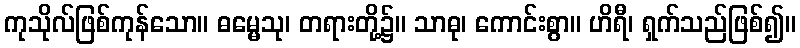
ကုသိုလ်ဖြစ်ကုန်သော။ ဓမ္မေသု၊ တရားတို့၌။ သာဓု၊ ကောင်းစွာ။ ဟိရီ၊ ရှက်သည်ဖြစ်၍။